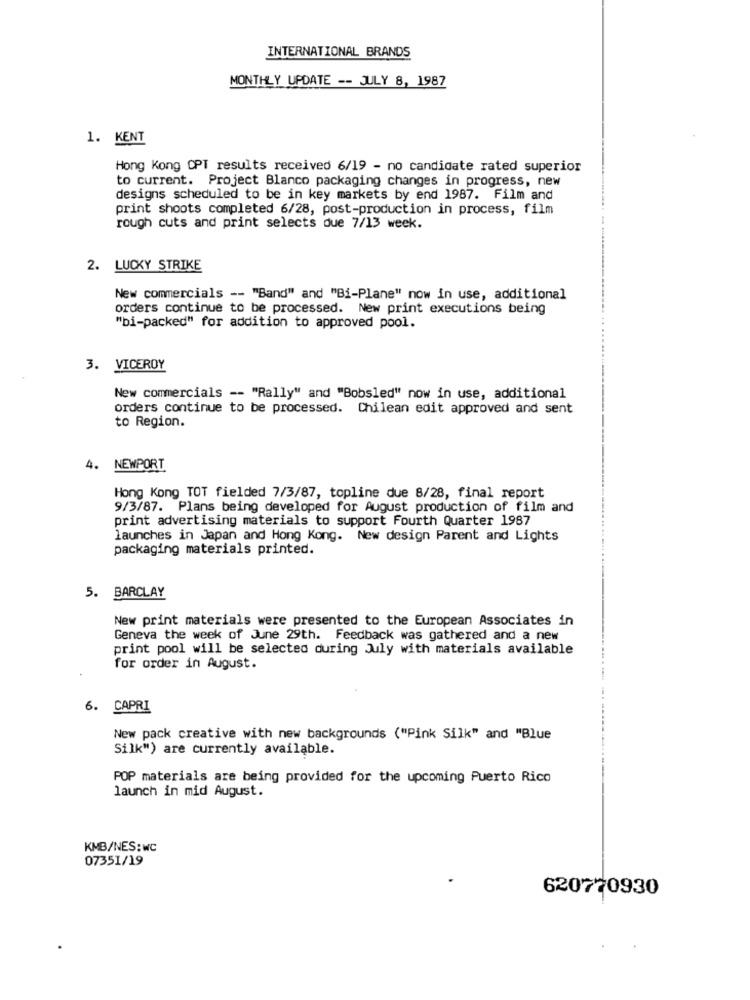
INTERNATIONAL BRANDS
MONTHLY UPDATE -- JULY 8, 1987
1. KENT
Hong Kong CPT results received 6/19 - no candidate rated superior
to current. Project Blanco packaging changes in progress, new
designs scheduled to be in key markets by end 1987. Film and
print shoots completed 6/28, post-production in process, film
rough cuts and print selects due 7/13 week.
2. LUCKY STRIKE
New commercials -- "Band" and "Bi-Plane" now in use, additional
orders continue to be processed. New print executions being
"bi-packed" for addition to approved pool.
3. VICEROY
New commercials -- "Rally" and "Bobsled" now in use, additional
orders continue to be processed. Chilean edit approved and sent
to Region.
4.
NEWPORT
Hong Kong TOT fielded 7/3/87, topline due 8/28, final report
9/3/87. Plans being developed for August production of film and
print advertising materials to support Fourth Quarter 1987
launches in Japan and Hong Kong. New design Parent and Lights
packaging materials printed.
5. BARCLAY
New print materials were presented to the European Associates in
Geneva the week of June 29th. Feedback was gathered and a new
print pool will be selected during July with materials available
for order in August.
6. CAPRI
New pack creative with new backgrounds ("Pink Silk" and "Blue
Silk") are currently available.
POP materials are being provided for the upcoming Puerto Rico
launch in mid August.
KMB/NES:wc
07351/19
620770930